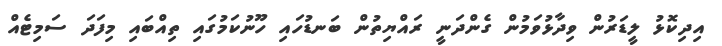
އިދިކޮޅު ލީޑަރުން ވިދާޅުވަމުން ގެންދަނީ ރައްޔިތުން ބަނޑުހައި ހޫނުކަމުގައި ތިއްބައި މިފަދަ ސަމިޓެއް